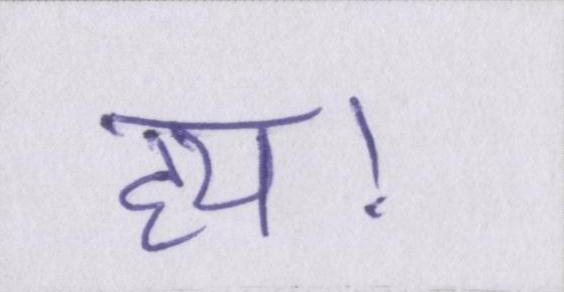
हय।